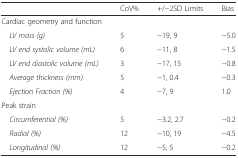
<table><thead><tr><td></td><td><b>CoV%</b></td><td><b>+/−2SD Limits</b></td><td><b>Bias</b></td></tr></thead><tbody><tr><td>Cardiac geometry and function</td><td colspan="3"></td></tr><tr><td> <i>LV mass (g)</i></td><td>5</td><td>−19, 9</td><td>−5.0</td></tr><tr><td> <i>LV end systolic volume (mL)</i></td><td>6</td><td>−11, 8</td><td>−1.5</td></tr><tr><td> <i>LV end diastolic volume (mL)</i></td><td>3</td><td>−17, 15</td><td>−0.8</td></tr><tr><td> <i>Average thickness (mm)</i></td><td>5</td><td>−1, 0.4</td><td>−0.3</td></tr><tr><td> <i>Ejection Fraction (%)</i></td><td>4</td><td>−7, 9</td><td>1.0</td></tr><tr><td>Peak strain</td><td colspan="3"></td></tr><tr><td> <i>Circumferential (%)</i></td><td>5</td><td>−3.2, 2.7</td><td>−0.2</td></tr><tr><td> <i>Radial (%)</i></td><td>12</td><td>−10, 19</td><td>−4.5</td></tr><tr><td> <i>Longitudinal (%)</i></td><td>12</td><td>−5, 5</td><td>−0.2</td></tr></tbody></table>